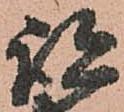
諸